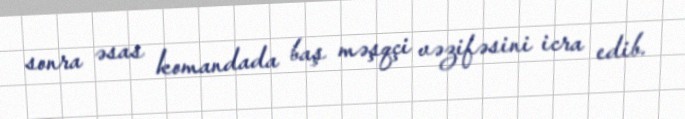
sonra əsas komandada baş məşqçi vəzifəsini icra edib.